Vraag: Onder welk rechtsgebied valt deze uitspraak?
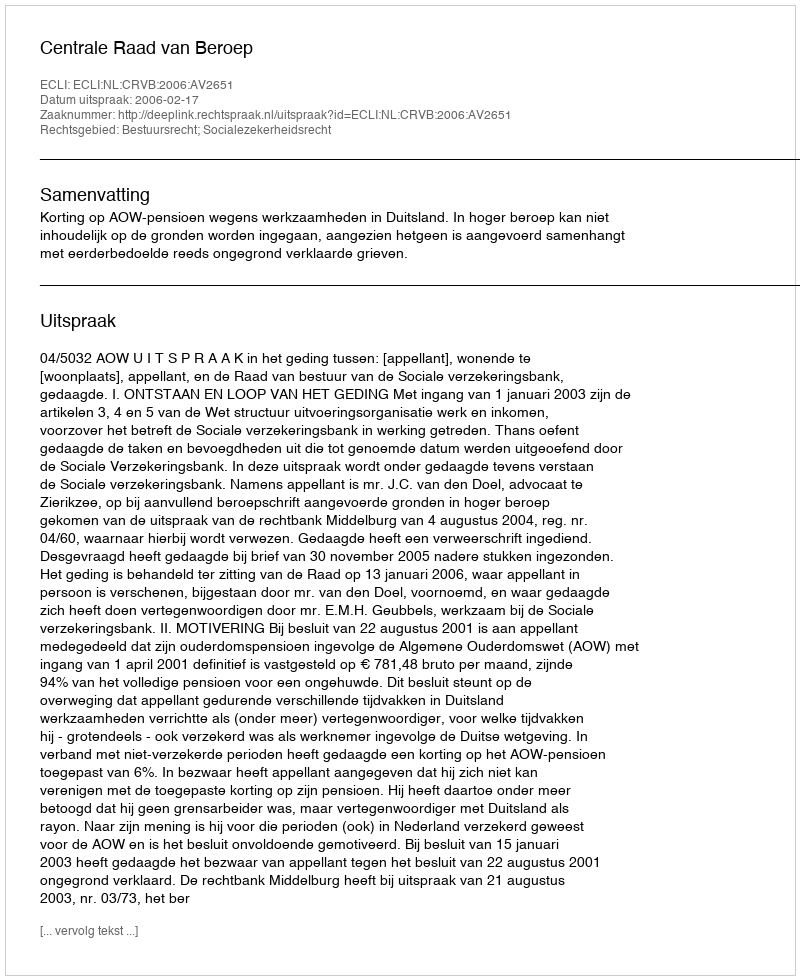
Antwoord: Bestuursrecht; Socialezekerheidsrecht